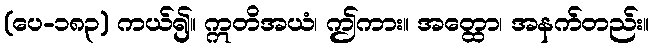
(ပေ-၁၈၃) ကယ်၍။ ဣတိအယံ၊ ဤကား။ အတ္ထော၊ အနက်တည်း။